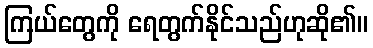
ကြယ်တွေကို ရေတွက်နိုင်သည်ဟုဆို၏။